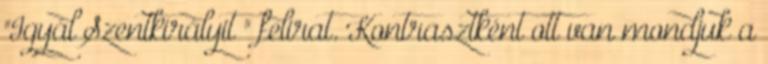
"Igyál Szentkirályit " felirat. Kontrasztként ott van mondjuk a